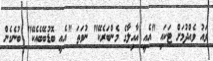
ވައު ވެއްދުމަށް ޓަކައި "އެއީ އާއިލާގެ މެންބަރެކޭ" ނުވަތަ "އެއީ ބޮޑުބޭބެއެކޭ" ބުނެގެން